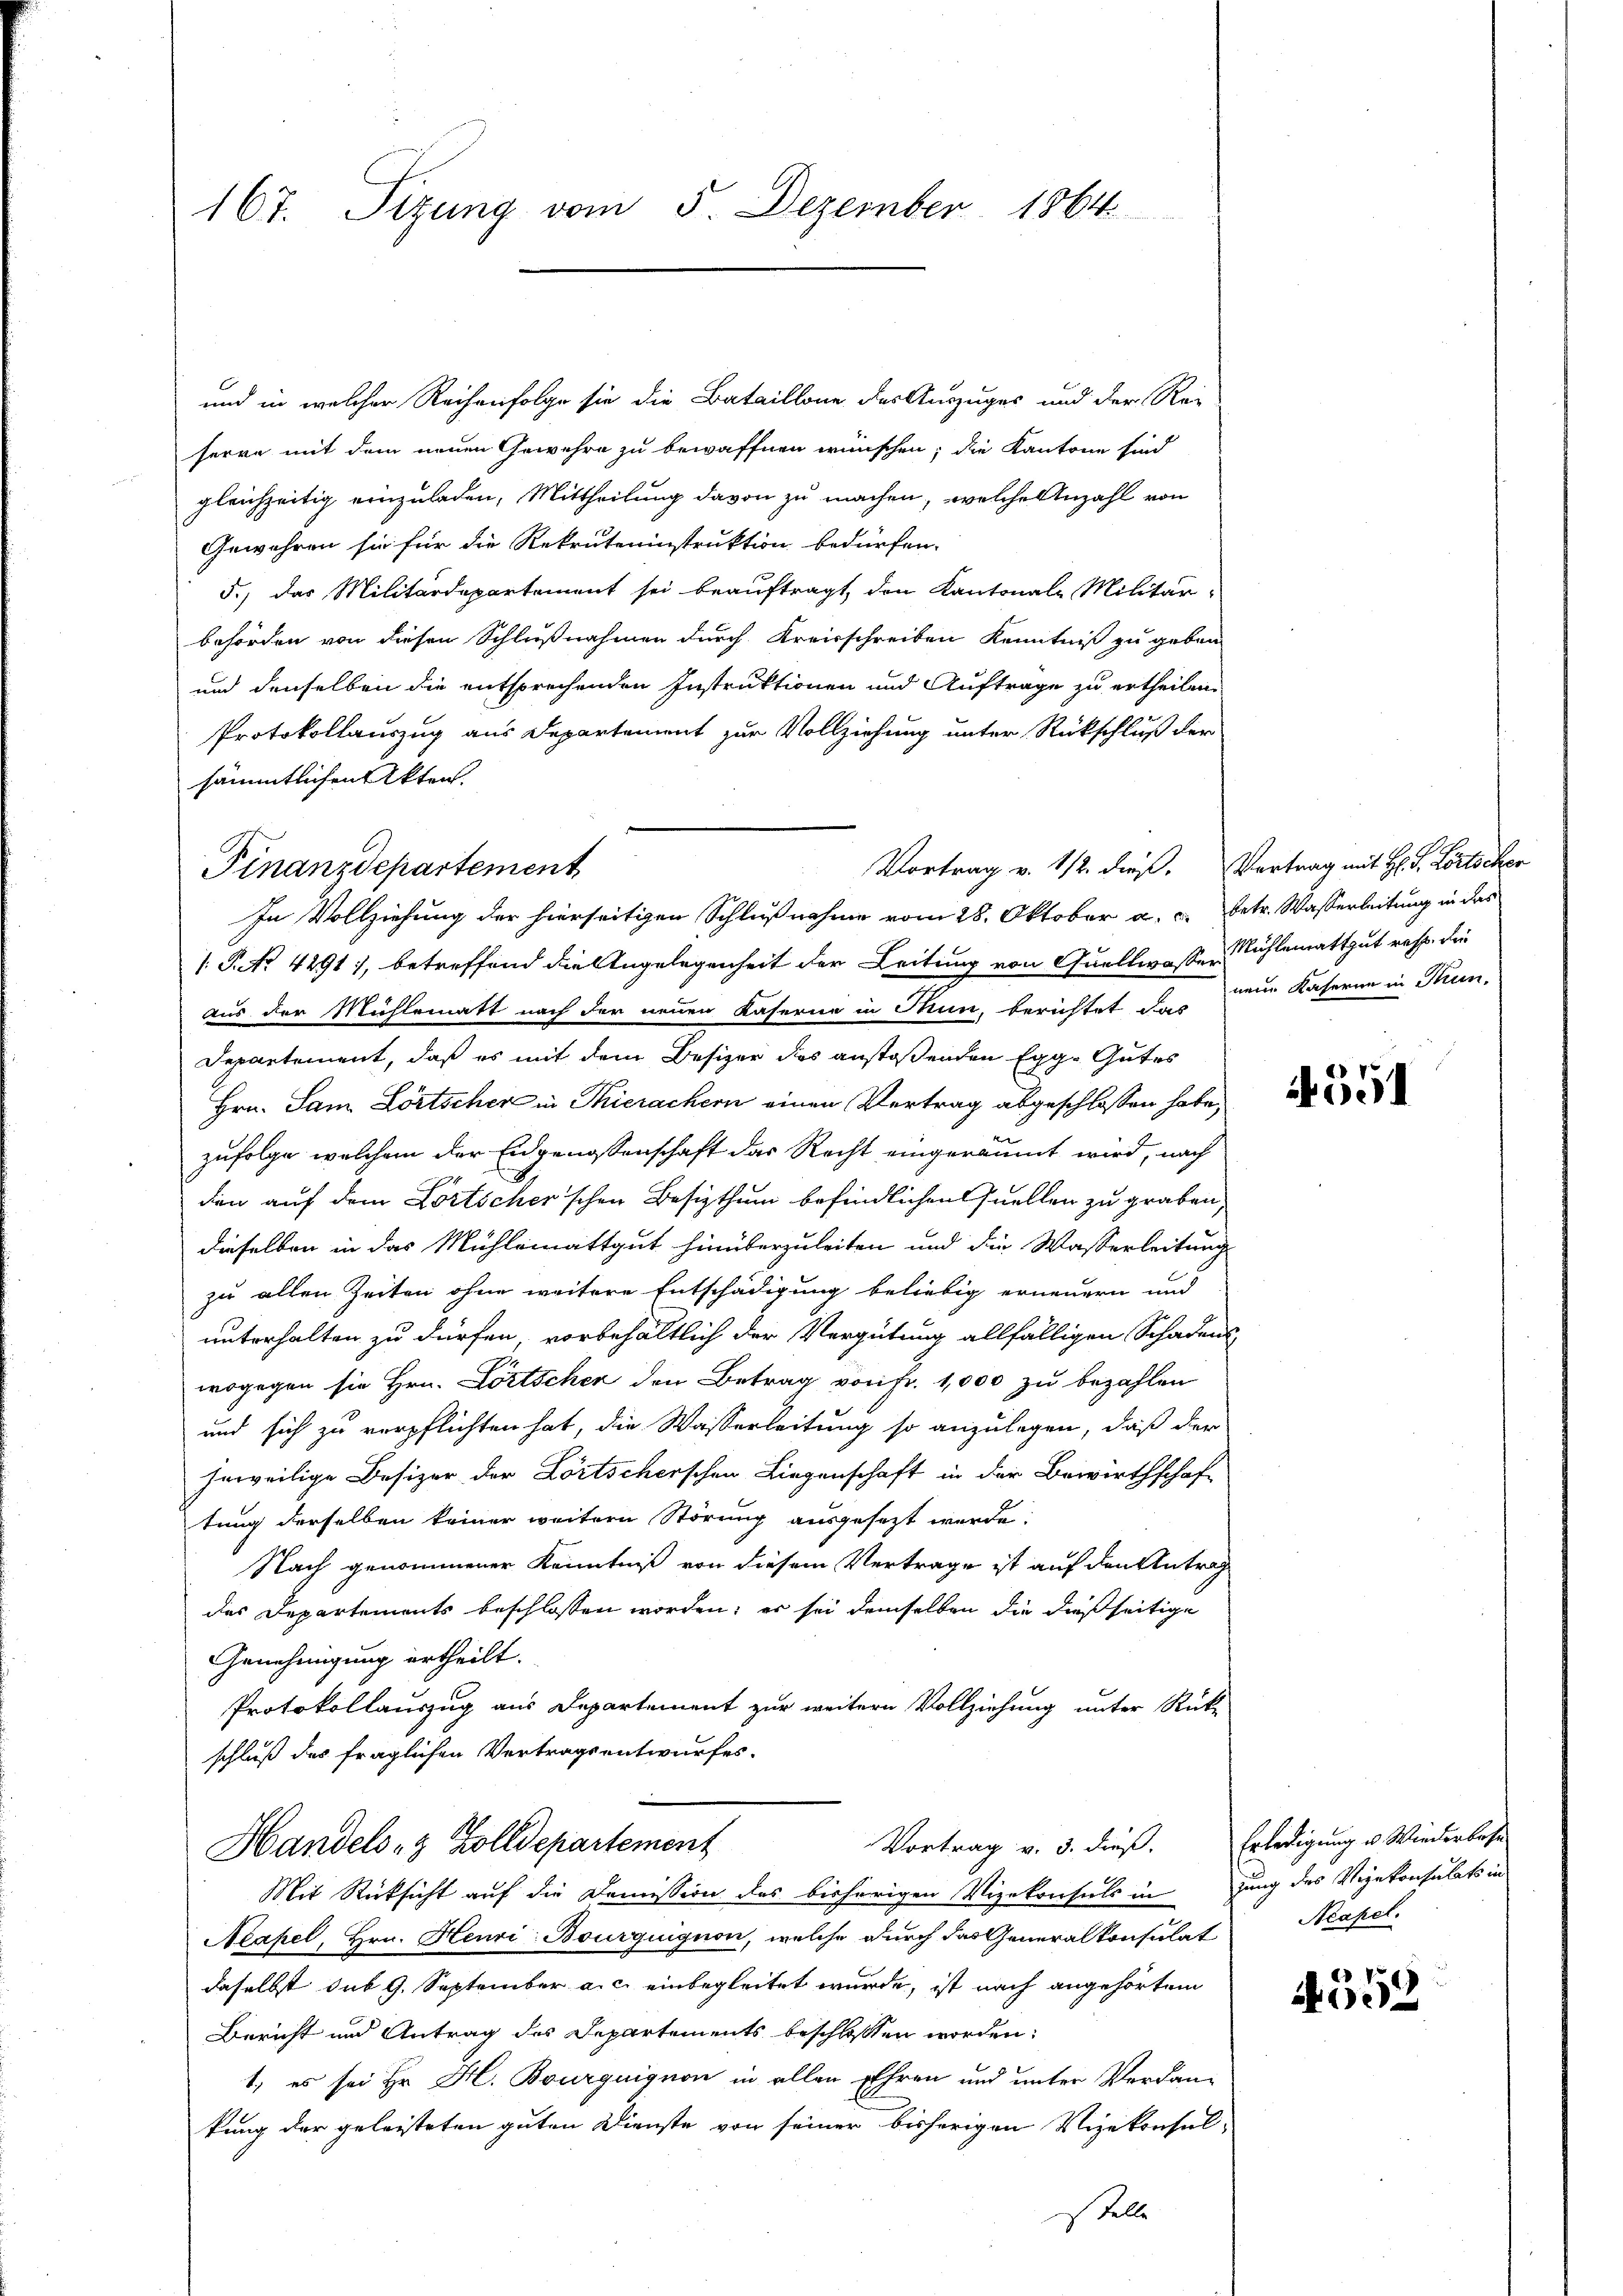
167. Sizung vom 5. Dezember 1864

und in welcher Reihenfolge sie die Bataillone der Auszuges und der Rei-
serre mit dem neuen Gewehre zu bewaffnen wünschen; die Kantone sind
gleichzeitig einzuladen, Mittheilung davon zu machen, welche Anzahl von
Gewähren sie für die Rekruteninstruktion bedürfen.
5.) das Militärdepartement sei beauftragt, den Kantonale Militär-
behörden von diesen Schlußnahmen durch Kreisschreiben Kenntniß zu geben
und denselben die entsprechenden Instruktionen und Auftrage zu ertheilen.
Protokollauszug aus Departement zur Vollziehung unter Rückschluß der
sämmtlichen Akten.
Vortrag v. 112. dieß.
Finanzdepartement

In Vollziehung der hierseitigen Schlußnahme vom 28. Oktober a. c. betr. Wasserleitung in das
/ P. No. 4291), betreffend die Angelegenheit der Leitung von Quellwasser Mühlemattgut resp. die
aus der Mühlematt nach der neuen Kaserne in Thun, berichtet das eine Kaserne in Thun-
Departement, daß es mit dem Besizer des anstoßenden Egg. Gutes
Hrn. Sam Lörtscher in Thierachern einen Vertrag abgeschlossen habe,
zufolge, welchem der Eidgenossenschaft das Recht eingeräumt wird, nach
dien auf dem Fortscher'schen Besizthum befindlichen Quellen zu graben,
dieselben in das Mühlemattgut hinüberzuleiten und die Wasserleitung
zu allen Zeiten ohne weitere Entschädigung beliebig erneuern und
unterhalten zu dürfen, vorbehältlich der Vergütung allfälligen Schadens-
wogegen sie Hrn. Lortschen den Betrag von fr. 1,000 zu bezahlen
und sich zu verpflichten hat, die Wasserleitung so anzulegen, daß der
heweilige Besizer der Dortscherschen Liegenschaft in der Bewirthschaf-
tung derselben keiner weitern Störung ausgesezt werde.
Nach genommener Kenntniß von diesem Vertrage ist auf den Antrag
des Departements beschlossen worden; es sei demselben die dießseitige
Genehmigung ertheilt.
Protokollauszug aus Departement zur weitern Vollziehung unter Rück-
schluß des fraglichen Vertragsentwurfes.
Vortrag v. 3. dieß. Erledigung u. Wiederbese
Handels- & Zolldepartement
Mit Rücksicht auf die Domission des bisherigen Vizekonsuls in jung des Vizekonsulats in
Neapel, Hrn. Heuri-Bourquignon, welche durch das Generalkonsulat
daselbst sub 9. September a. c. einbegleitet wurde, ist nach angehörtem
Bericht und Antrag des Departements beschlossen worden:
1) es sei Hr. H. Bourguignon in allen Ehren und unter Verdan-
kung der geleisteten guten Dienste von seiner bisherigen Vizekonsul-
stelle

Vertrag mit H: P. Lortscher

591

Neapel.

4558